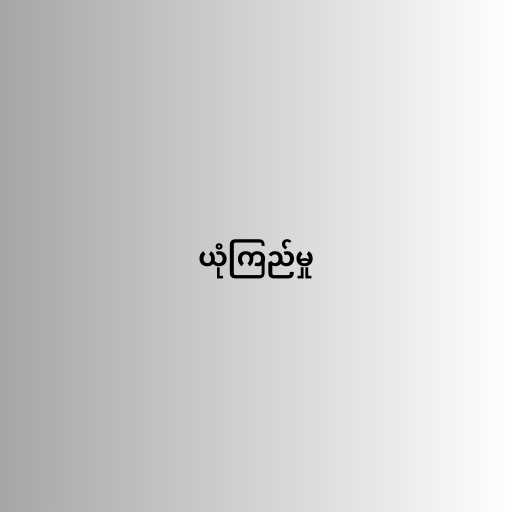
ယုံကြည်မှု